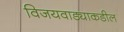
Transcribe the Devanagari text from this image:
विजयवाड्याकडील